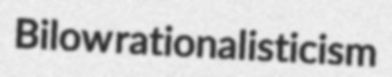
Bilow rationalisticism